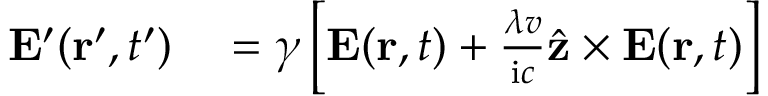
\begin{array} { r l } { \mathbf { E } ^ { \prime } ( \mathbf { r } ^ { \prime } , t ^ { \prime } ) } & { { } = \gamma \left[ \mathbf { E } ( \mathbf { r } , t ) + \frac { \lambda v } { \mathrm { i } c } \hat { \mathbf { z } } \times \mathbf { E } ( \mathbf { r } , t ) \right] } \end{array}